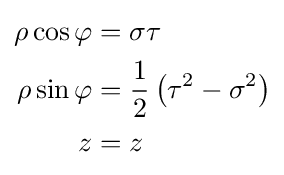
{\begin{aligned}\rho \cos \varphi &=\sigma \tau \\\rho \sin \varphi &={\frac {1}{2}}\left(\tau ^{2}-\sigma ^{2}\right)\\z&=z\end{aligned}}